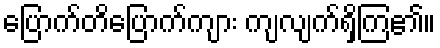
ပြောက်တိပြောက်ကျား ကျလျက်ရှိကြ၏။